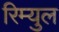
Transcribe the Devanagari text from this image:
रिम्युल